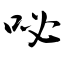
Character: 咇